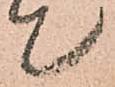
て